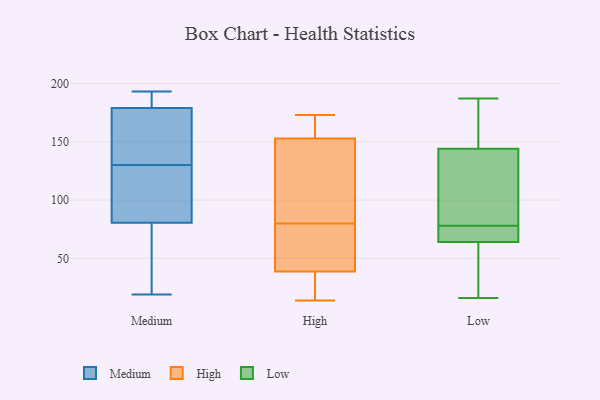
{"axis": {"x": "Customer Acquisition Cost (USD)", "y": "Value"}, "legend": ["High", "Low", "Medium"], "data": [{"x": "", "y": 161, "type": "Medium"}, {"x": "", "y": 185, "type": "Medium"}, {"x": "", "y": 87, "type": "Medium"}, {"x": "", "y": 19, "type": "Medium"}, {"x": "", "y": 177, "type": "Medium"}, {"x": "", "y": 193, "type": "Medium"}, {"x": "", "y": 150, "type": "Medium"}, {"x": "", "y": 76, "type": "Medium"}, {"x": "", "y": 40, "type": "Medium"}, {"x": "", "y": 190, "type": "Medium"}, {"x": "", "y": 189, "type": "Medium"}, {"x": "", "y": 130, "type": "Medium"}, {"x": "", "y": 120, "type": "Medium"}, {"x": "", "y": 121, "type": "Medium"}, {"x": "", "y": 24, "type": "Medium"}, {"x": "", "y": 134, "type": "Medium"}, {"x": "", "y": 82, "type": "Medium"}, {"x": "", "y": 14, "type": "High"}, {"x": "", "y": 34, "type": "High"}, {"x": "", "y": 78, "type": "High"}, {"x": "", "y": 41, "type": "High"}, {"x": "", "y": 104, "type": "High"}, {"x": "", "y": 75, "type": "High"}, {"x": "", "y": 140, "type": "High"}, {"x": "", "y": 38, "type": "High"}, {"x": "", "y": 173, "type": "High"}, {"x": "", "y": 109, "type": "High"}, {"x": "", "y": 159, "type": "High"}, {"x": "", "y": 171, "type": "High"}, {"x": "", "y": 149, "type": "High"}, {"x": "", "y": 154, "type": "High"}, {"x": "", "y": 36, "type": "High"}, {"x": "", "y": 37, "type": "High"}, {"x": "", "y": 80, "type": "High"}, {"x": "", "y": 67, "type": "High"}, {"x": "", "y": 161, "type": "High"}, {"x": "", "y": 153, "type": "Low"}, {"x": "", "y": 72, "type": "Low"}, {"x": "", "y": 187, "type": "Low"}, {"x": "", "y": 73, "type": "Low"}, {"x": "", "y": 88, "type": "Low"}, {"x": "", "y": 45, "type": "Low"}, {"x": "", "y": 16, "type": "Low"}, {"x": "", "y": 180, "type": "Low"}, {"x": "", "y": 54, "type": "Low"}, {"x": "", "y": 67, "type": "Low"}, {"x": "", "y": 55, "type": "Low"}, {"x": "", "y": 69, "type": "Low"}, {"x": "", "y": 143, "type": "Low"}, {"x": "", "y": 147, "type": "Low"}, {"x": "", "y": 122, "type": "Low"}, {"x": "", "y": 78, "type": "Low"}, {"x": "", "y": 101, "type": "Low"}]}